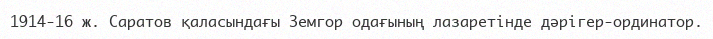
1914-16 ж. Саратов қаласындағы Земгор одағының лазаретінде дәрігер-ординатор.